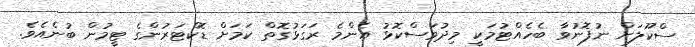
ސްކޫލަށް ނުފޮނުވާ ބެހެއްޓުމަކީ މިދުވަސްކޮޅު އެންމެ ރަގަޅުގޮތް ކަމަށް ޑޮކްޓަރުންގެ ޓީމުން ބުނެއެވެ.